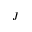
J